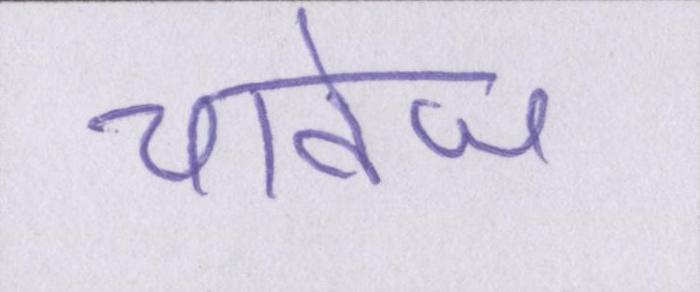
चावेज